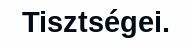
Tisztségei.